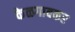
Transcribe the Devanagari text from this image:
केळगावकर